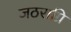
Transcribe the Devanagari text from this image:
जठराग्रि